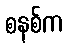
စနစ်က